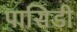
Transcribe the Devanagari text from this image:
पासिडी